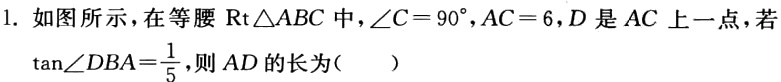
1. 如图所示，在等腰$\text{Rt}\triangle ABC$中，$\angle C = 90^{\circ},AC = 6$，$D$是$AC$上一点，若$\tan\angle DBA=\frac{1}{5}$，则$AD$的长为（  ）